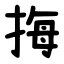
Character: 挴